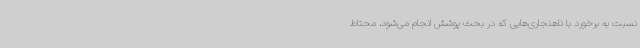
نسبت به برخورد با ناهنجاری‌هایی که در بحث پوشش انجام می‌شود، محتاط